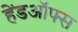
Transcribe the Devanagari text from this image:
हेंडऑफ्स